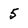
Character: 5